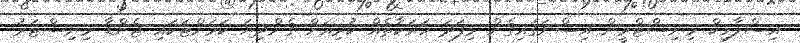
އިސްލާމިކް މިނިސްޓްރީން އިސްނަގައިގެން މިފަދަ ހަރަކާތެއް ކުރިއަށް ގެންދިޔަ ކަމަށްޓަކައި ޖެންޑާ މިނިސްޓަރު